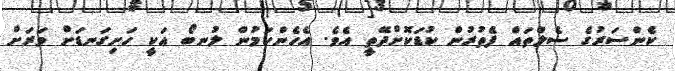
ކެންސަރުގެ ސެލްތައް ފެތުރުން ކުޑަކޮށްދޭތީ އެވެ. އެހެންކަމުން ލުނބޯ އަކީ ހަށިގަނޑަށް ވަރަށް